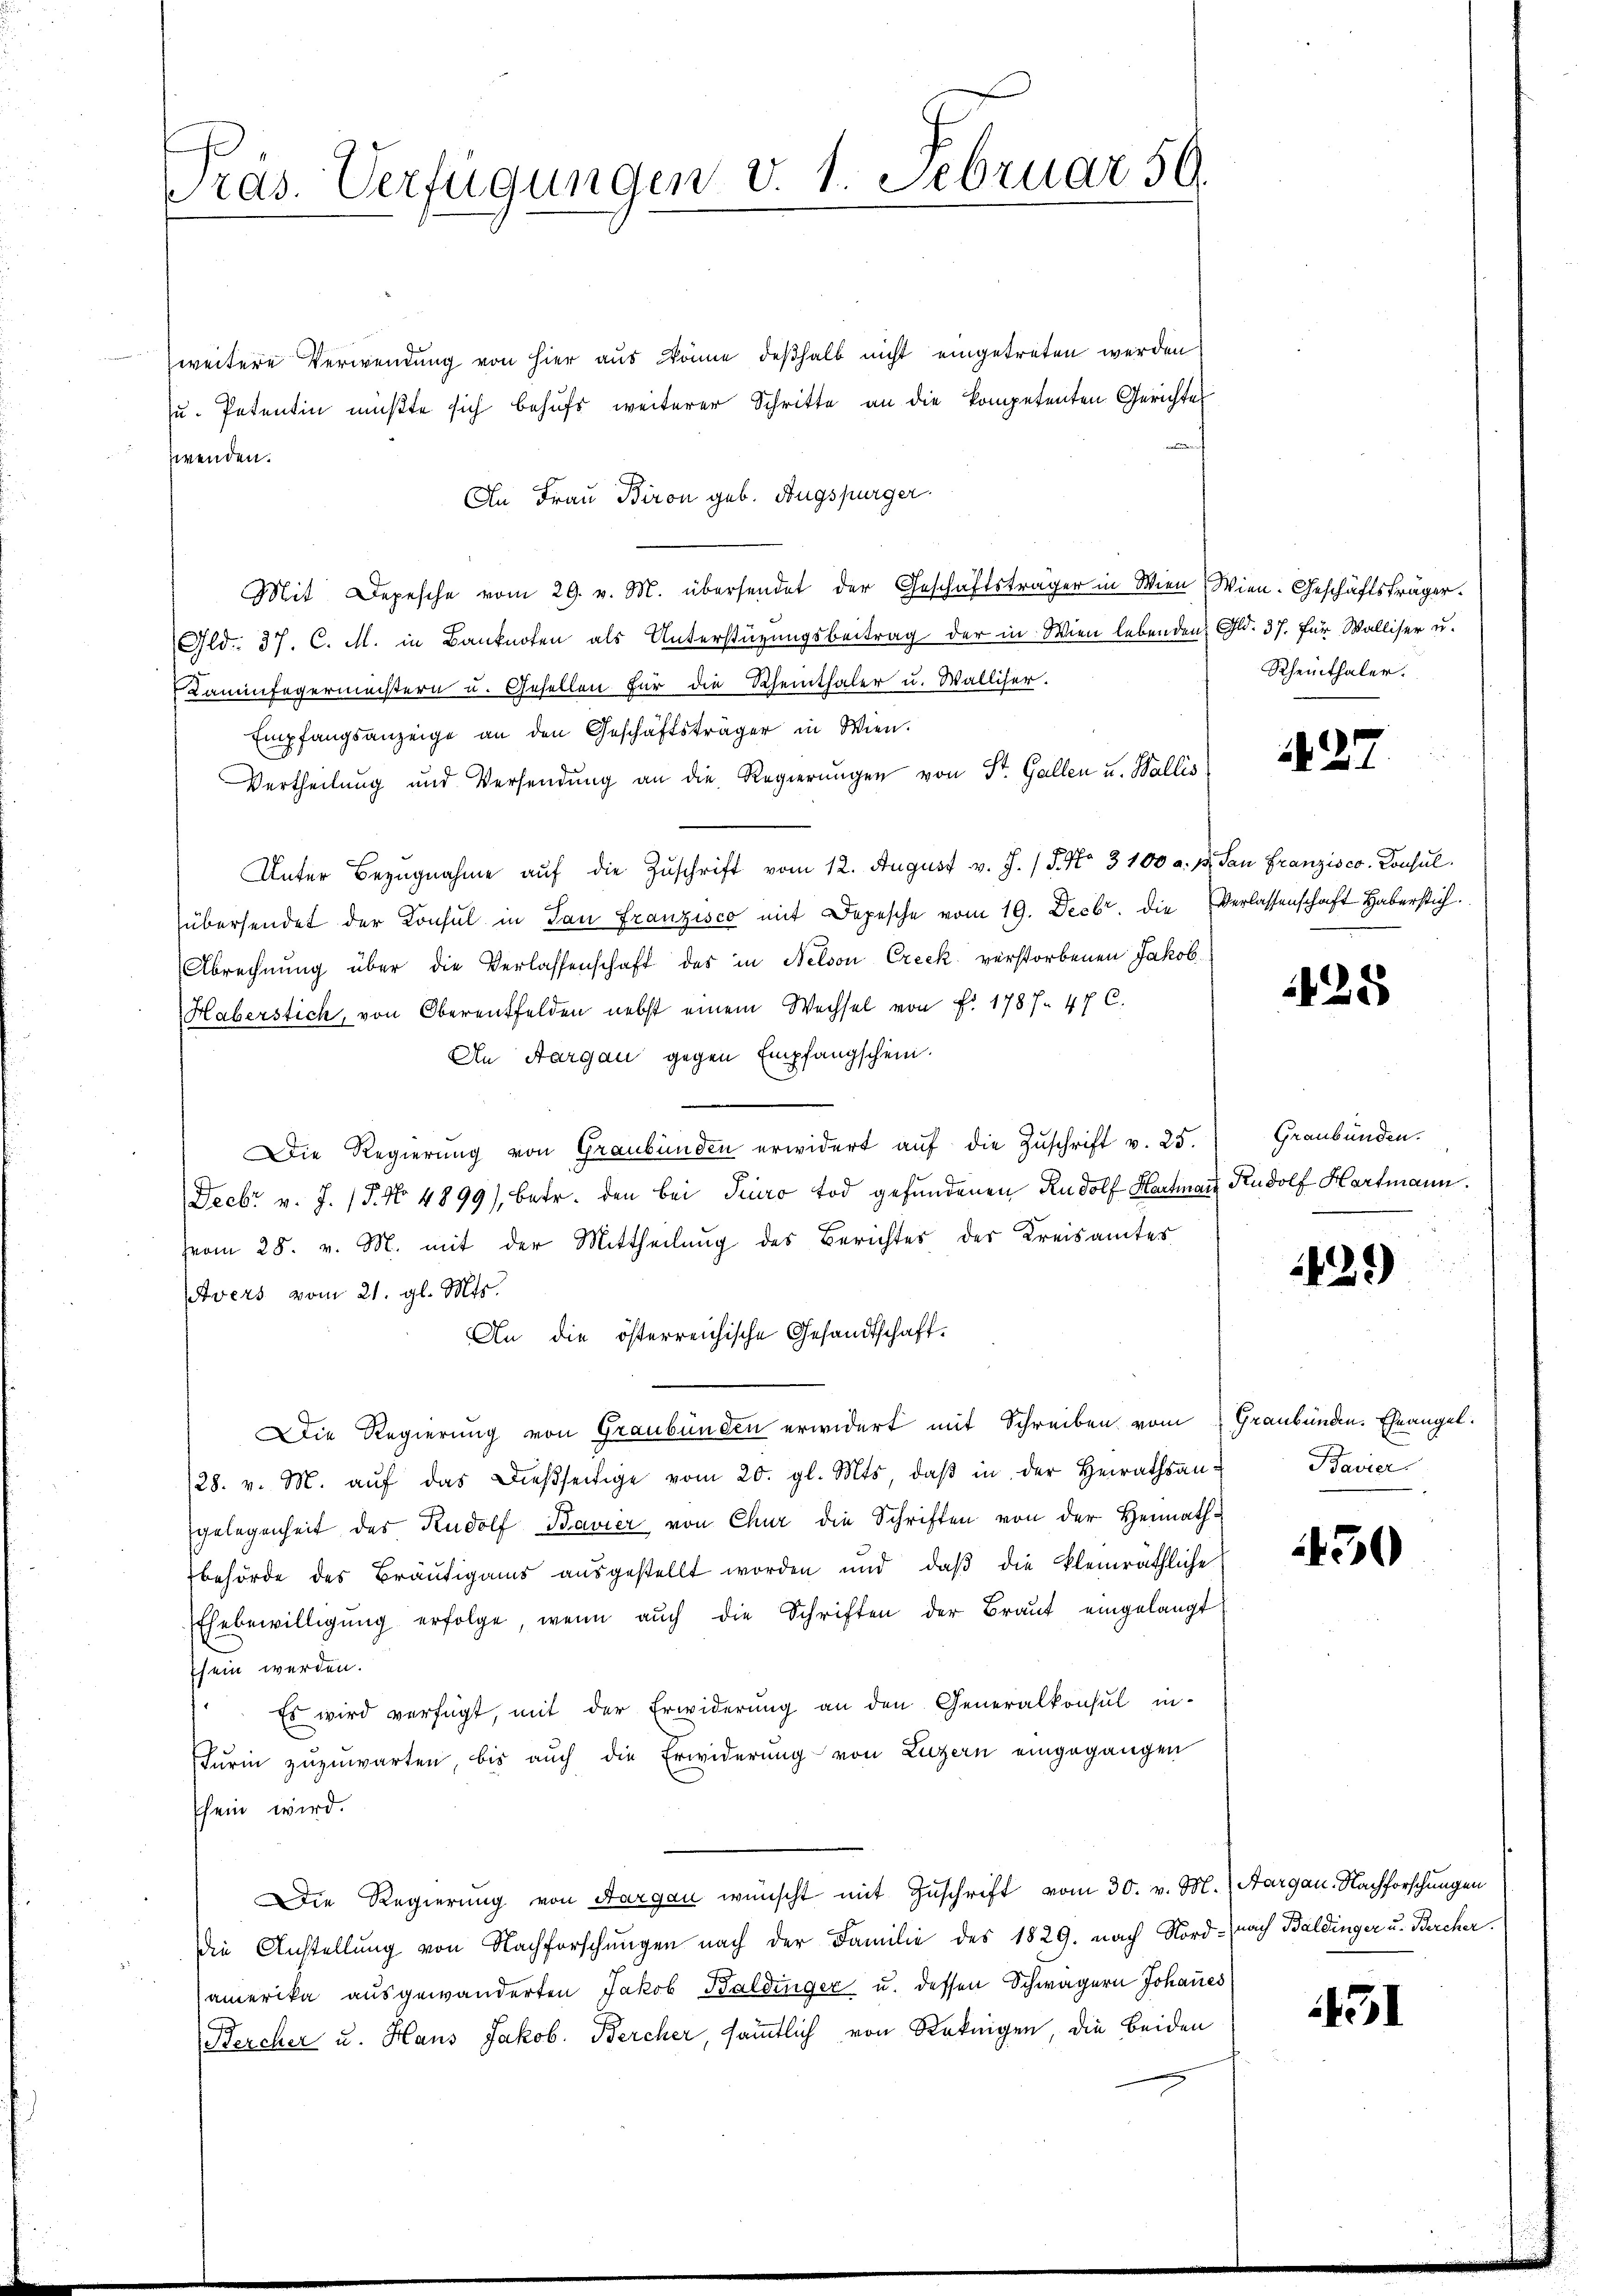
ras. Verfügungen v. 1. Februar 59.

weitere Verwendung von hier aus könne deßhalb nicht eingetreten werden
u. Petentin müßte sich behufs weiterer Schritte an die kompetenten Gerichtes
wenden.
An Frau Biron geb. Augspurger.
Mit Depesche vom 29. v. M. übersendet der Geschäftsträger in Wien Wien. Geschäftsträger.
Gld.. 37. C. M. in Banknoten als Unterstüzungsbeitrag der in Wien lebenden Gld. 37. für Walliser u.
Kaminfegermeistern u. Gesellen für die Rheinthaler u. Walliser.
Empfangsanzeige an den Geschäftsträger in Wien.
Vertheilung und Versendung an die Regierungen von St. Gallen u. Wallis
Unter Bezugnahme auf die Zuschrift vom 12. August v. J. / 5. No. 3100 a. p. San Franzisco Consulübersendet der Konsul in San Franzisco mit Depesche vom 19. Decbr. die Verlassenschaft Haberstich¬
Abrechnŭng über die Verlassenschaft des in Nelson Creck verstorbenen Jakob
Haberstich, von Oberentfelden nebst einem Wechsel von Fr. 1787. 47 C.
An Aargau gegen Empfangschein.
Die Regierung von Graubünden erwidert aŭf die Zŭschrift v. 25.
Decbr v. J. (T. No 4899/, betr. den bei Pero tod gefundenen Rudolf Hartmann Rudolf Hartmann.
vom 28. v. M. mit der Mittheilung des Berichtes des Kreisamtes
svers vom 21. gl. Mts.
An die österreichische Gesandtschaft.
Die Regierung von Graubünden erwidert mit Schreiben vom Graubünden. Eheangel.
128. v. M. aŭf das dießseitige vom 20. gl. Mts, daβ in der Heirathsan-
gelegenheit des Rudolf Bavier von Chur die Schriften von der Heimathbehörde des Bräŭtigams aŭsgestellt worden und daβ die kleinräthliche
Ehebewilligŭng erfolge, wenn aŭch die Schriften der Braut eingelangt
sein werden.
 Es wird verfügt, mit der Erwiderung an den Generalkonsul in-
Furin zuzuwarten, bis auch die Erwiderung von Luzern eingegangen
schein wird.
Die Regierung von Aargau wünscht mit Zuschrift vom 30. v. M. (Aargau. Nachforschungen
Die Anstellung von Nachforschungen nach der Familie des 1829. nach Nord- nach Baldinger u. Bercher
Camerika ausgewanderten Jakob Baldinger u. dessen Schwägern Johannes
Bercher u. Haus Jakob. Bercher, sämmtlich von Rokiigen, die beiden

Rheinthaler.

27

425

Graubünden.

1429)

Bavier

50

1451